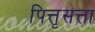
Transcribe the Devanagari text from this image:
पित्तृसत्ता